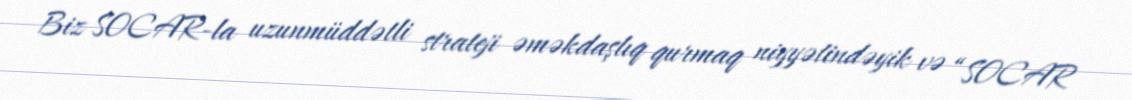
Biz SOCAR-la uzunmüddətli strateji əməkdaşlıq qurmaq niyyətindəyik və “SOCAR